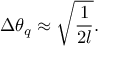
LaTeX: \Delta \theta _ { q } \approx \sqrt { \frac { 1 } { 2 l } } .